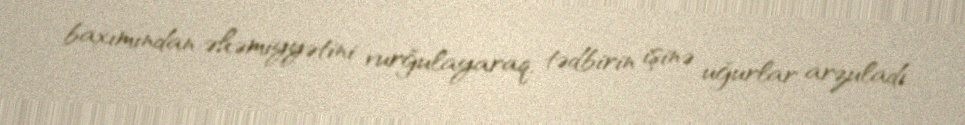
baxımından əhəmiyyətini vurğulayaraq, tədbirin işinə uğurlar arzuladı.